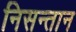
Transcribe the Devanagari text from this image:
निसन्तान